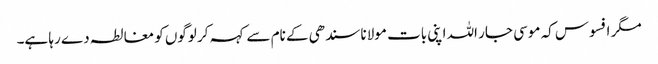
مگر افسوس کہ موسی جار اللہ اپنی بات مولانا سندھی کے نام سے کہہ کر لوگوں کو مغالطہ دے رہا ہے۔